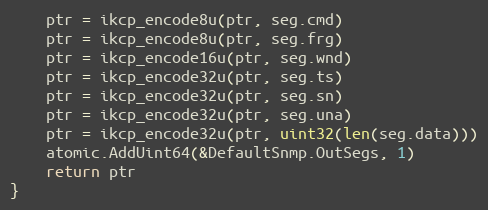
Language: Go
	ptr = ikcp_encode8u(ptr, seg.cmd)
	ptr = ikcp_encode8u(ptr, seg.frg)
	ptr = ikcp_encode16u(ptr, seg.wnd)
	ptr = ikcp_encode32u(ptr, seg.ts)
	ptr = ikcp_encode32u(ptr, seg.sn)
	ptr = ikcp_encode32u(ptr, seg.una)
	ptr = ikcp_encode32u(ptr, uint32(len(seg.data)))
	atomic.AddUint64(&DefaultSnmp.OutSegs, 1)
	return ptr
}